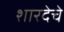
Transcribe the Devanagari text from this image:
शारदेचे